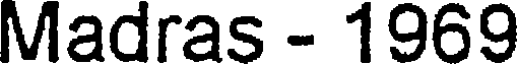
Madras - 1969